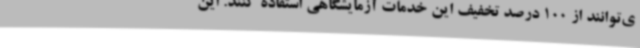
ی‌توانند از 100 درصد تخفیف این خدمات آزمایشگاهی استفاده کنند. این